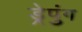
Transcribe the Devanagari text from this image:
ड्रेपुंग